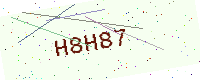
Text: H8H87